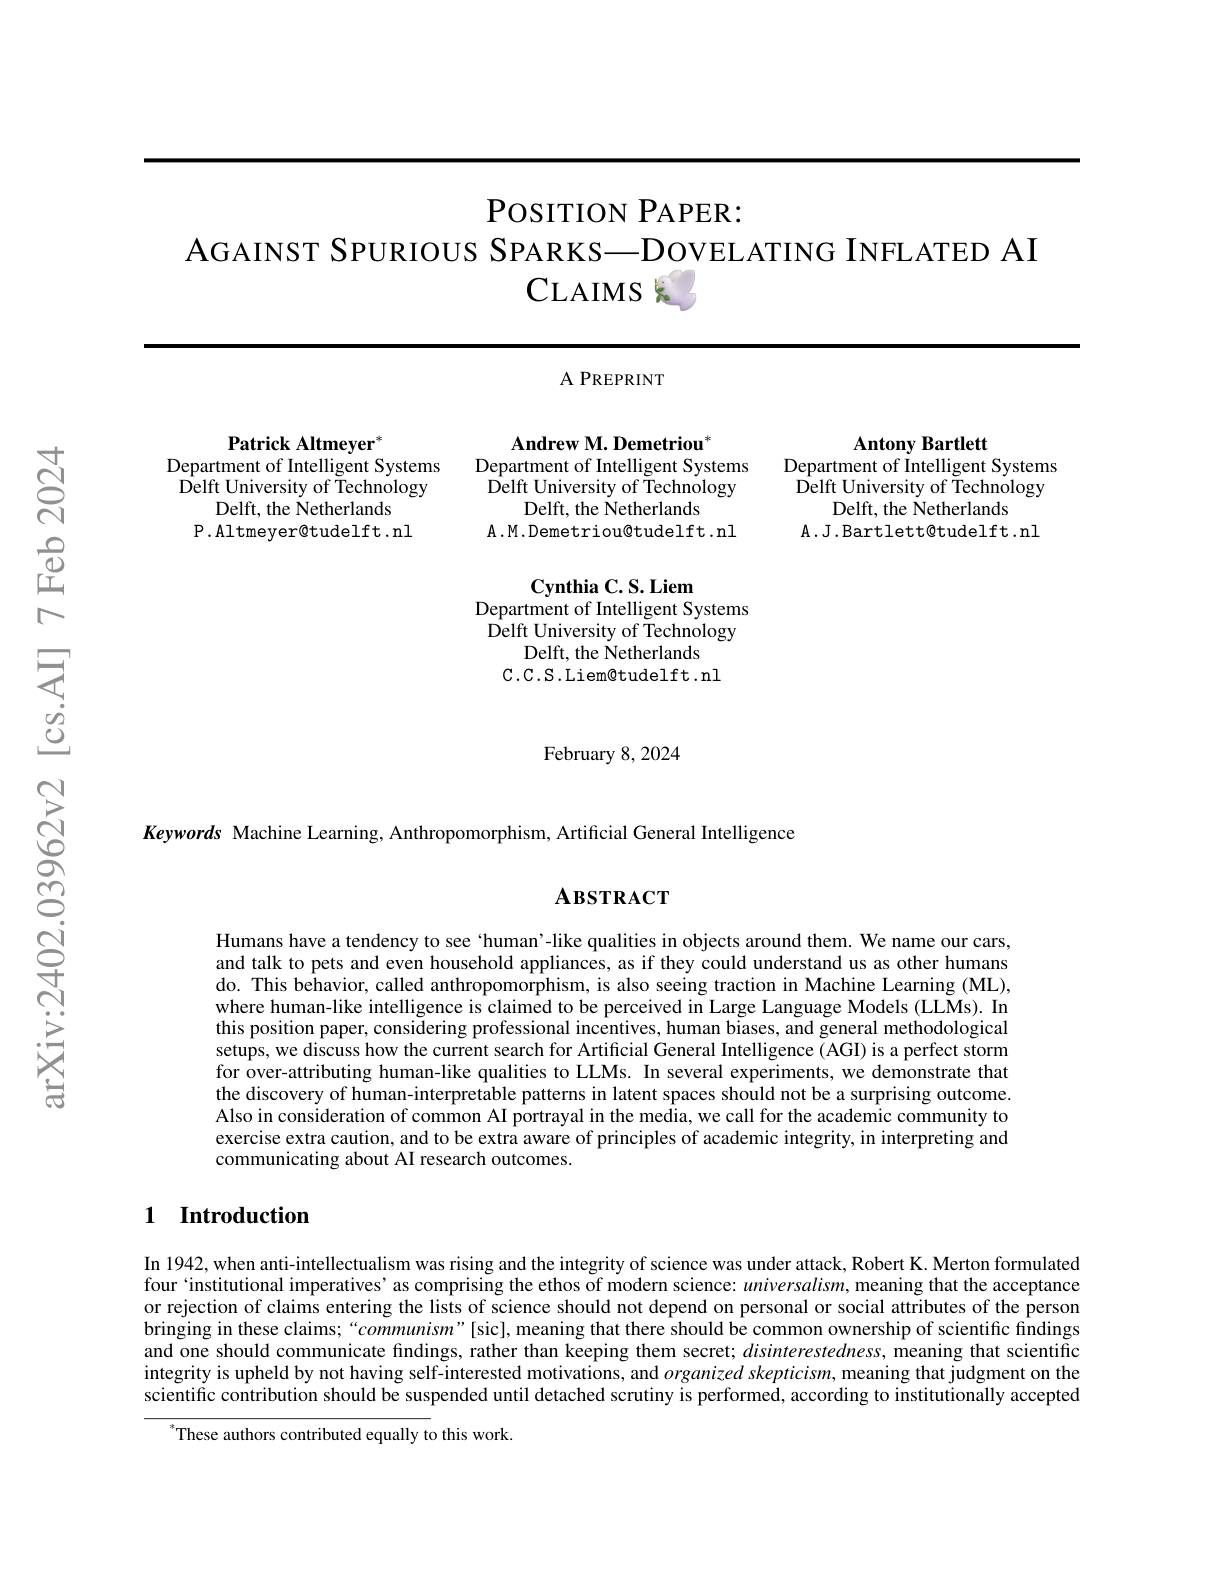
POSITION PAPER:
AGAINST SPURIOUS SPARKS—DOVELATING INFLATED AI
CLAIMS S

<table>
	<tbody>
		<tr>
			<th> </th>
			<th>${\mathrm{A~PREPRINT}}$</th>
			<th> </th>
		</tr>
		<tr>
			<td>1</td>
			<td>$1A$</td>
			<td>$\mathbf{R}_{\mathrm{arfleff}}$</td>
		</tr>
		<tr>
			<td>of Intelligent Systems Department</td>
			<td>Department of Intelligent Systems</td>
			<td>of Intelligent Systo Department</td>
		</tr>
		<tr>
			<td>Delft University of Technology</td>
			<td>Delft University of Technology</td>
			<td>Delft University of Technolo</td>
		</tr>
		<tr>
			<td>Delft, the Netherlands</td>
			<td>Delft, the Netherlands</td>
			<td>Delft, the Netherlands</td>
		</tr>
		<tr>
			<td>P.Altmeyer@tudelft.nl</td>
			<td>$\mathbf{A}.\mathbf{M}.$Demetriou@tudelft.nl</td>
			<td>$\mathbf{A}.\mathbf{J}.$Bartlett@tudelft.n</td>
		</tr>
	</tbody>
</table>

### February 8, 2024

Keywords Machine Learning, Anthropomorphism, Artificial General Intelligence

$\mathbf{A}\mathbf{B}\mathbf{S}\mathbf{T}\mathbf{R}\mathbf{A}\mathbf{C}\mathbf{T}$

Humans have a tendency to see ‘human’-like qualities in objects around them. We name our cars, and talk to pets and even household appliances, as if they could understand us as other humans do. This behavior, called anthropomorphism, is also seeing traction in Machine Learning (ML), where human-like intelligence is claimed to be perceived in Large Language Models (LLMs). In this position paper, considering professional incentives, human biases, and general methodological setups, we discuss how the current search for Artificial General Intelligence (AGI) is a perfect storm for over-attributing human-like qualities to LLMs. In several experiments, we demonstrate that the discovery of human-interpretable patterns in latent spaces should not be a surprising outcome Also in consideration of common AI portrayal in the media, we call for the academic community to exercise extra caution, and to be extra aware of principles of academic integrity, in interpreting and communicating about AI research outcomes.

### 1 Introduction

In 1942, when anti-intellectualism was rising and the integrity of science was under attack, Robert K. Merton formulated four `institutional imperatives’as comprising the ethos of modern science: $universalism$, meaning that the acceptance or rejection of claims entering the lists of science should not depend on personal or social attributes of the person bringing in these claims; “$communism"$ [sic], meaning that there should be common ownership of scientific findings and one should communicate findings, rather than keeping them secret; $disinterestedness$, meaning that scientific integrity is upheld by not having self-interested motivations, and organized skepticism, meaning that judgment on the scientific contribution should be suspended until detached scrutiny is performed, according to institutionally accepted
$^*$These authors contributed equally to this work.